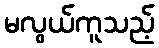
မလွယ်ကူသည့်